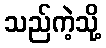
သည်ကဲ့သို့